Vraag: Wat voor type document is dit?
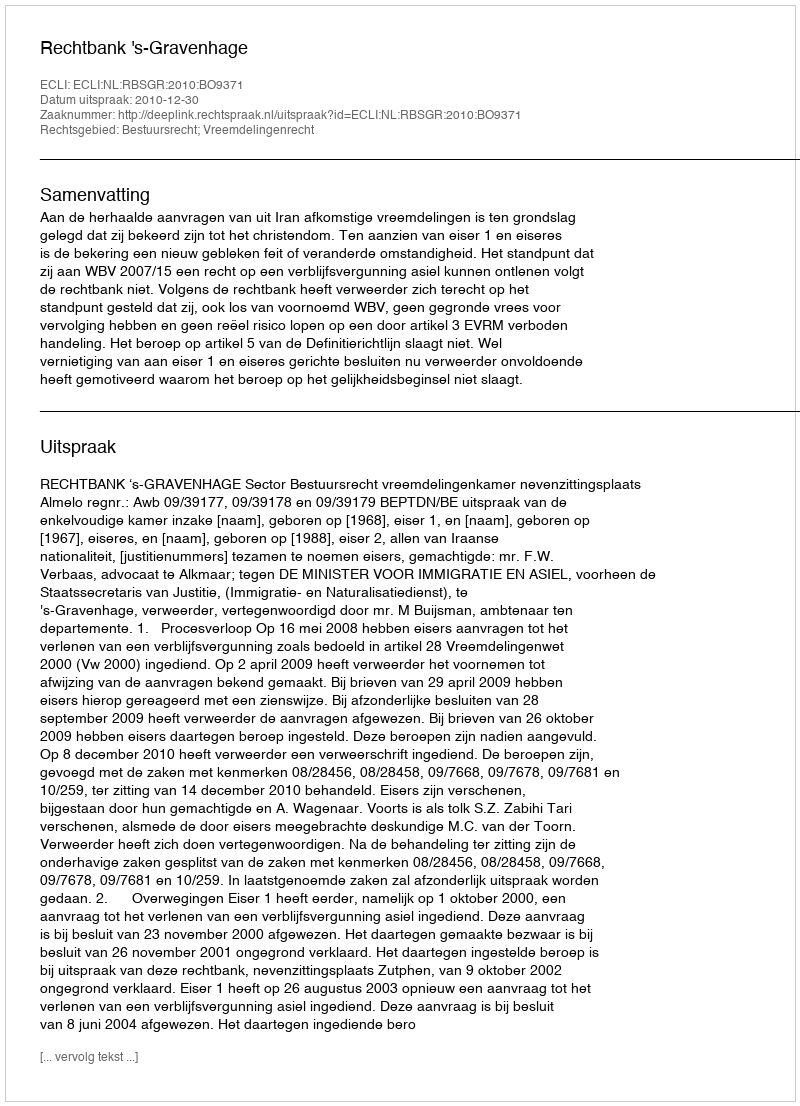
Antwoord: Uitspraak